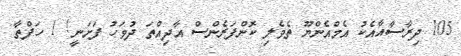
105 ދިރާސާއާއެކު އެމްއެންޔޫ ތެވެލި ކޮންފަރެންސް އާދިއްތަ ދުވަހު ފަށަނީ! 1 ހަފްތާ